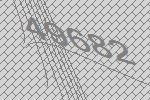
49682